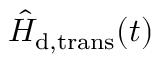
\hat { H } _ { \mathrm { d , t r a n s } } ( t )